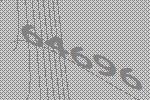
64696